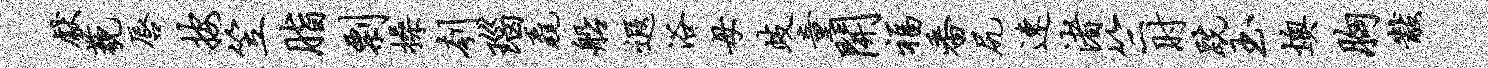
献藐唇按笠脂剽操刳瑙毳船遐浴母歧童开福番尻速渚竺肘跣玉燠胸黻